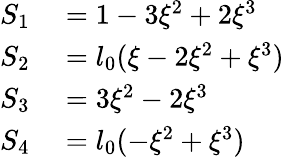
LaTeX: \begin{array}{rl}{S_{1}}&{{}=1-3\xi^{2}+2\xi^{3}}\\ {S_{2}}&{{}=l_{0}(\xi-2\xi^{2}+\xi^{3})}\\ {S_{3}}&{{}=3\xi^{2}-2\xi^{3}}\\ {S_{4}}&{{}=l_{0}(-\xi^{2}+\xi^{3})}\end{array}